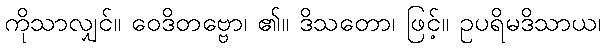
ကိုသာလျှင်။ ဝေဒိတဗ္ဗော၊ ၏။ ဒိသတော၊ ဖြင့်။ ဥပရိမဒိသာယ၊